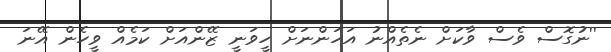
''ނުގޮސް ވެސް ވާކަށް ނެތެއްނު އަހަންނަށް ހީވަނީ ޒޭންއަށް ކަމެއް ވީހެން އޭނަ